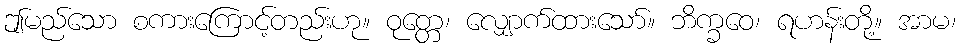
ဤမည်သော စကားကြောင့်တည်းဟု။ ဝုတ္တေ၊ လျှောက်ထားသော်။ ဘိက္ခဝေ၊ ရဟန်းတို့။ အာမ၊